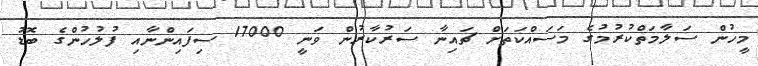
މީހުން ސަލާމަތްކުރުމުގެ މަސައްކަތަށް ޗައިނާ ސަރުކާރުން ވަނީ 17000 ސިފައިންނާއި ފުލުހުންގެ ބޮޑު